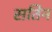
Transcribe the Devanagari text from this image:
सतिन